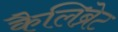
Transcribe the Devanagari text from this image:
कैलिब्रेट